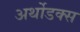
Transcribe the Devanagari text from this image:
अर्थोडक्स